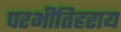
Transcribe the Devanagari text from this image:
परभीतिहराय